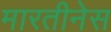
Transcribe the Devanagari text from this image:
मारतीनेस